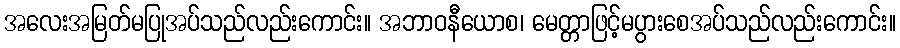
အလေးအမြတ်မပြုအပ်သည်လည်းကောင်း။ အဘာဝနီယောစ၊ မေတ္တာဖြင့်မပွားစေအပ်သည်လည်းကောင်း။